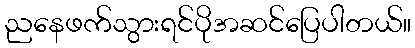
ညနေဖက်သွားရင်ပိုအဆင်ပြေပါတယ်။